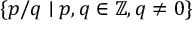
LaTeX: \{ p / q \mid p , q \in \mathbb { Z } , q \not = 0 \}